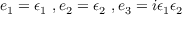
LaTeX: e _ { 1 } = { \epsilon } _ { 1 } ~ , e _ { 2 } = { \epsilon } _ { 2 } ~ , e _ { 3 } = i { \epsilon } _ { 1 } { \epsilon } _ { 2 }